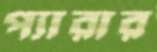
প্যারার